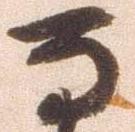
な